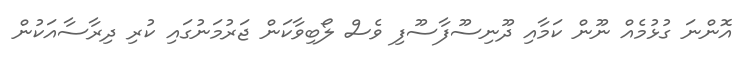
އޮންނަ ގުޅުމެއް ނޫން ކަމާއި ދޫނިސޫފާސޫފި ވެސް ލޯބިވާކަން ޖަރުމަނުގައި ކުރި ދިރާސާއަކުން